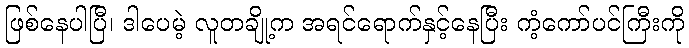
ဖြစ်နေပါပြီ၊ ဒါပေမဲ့ လူတချို့က အရင်ရောက်နှင့်နေပြီး ကံ့ကော်ပင်ကြီးကို